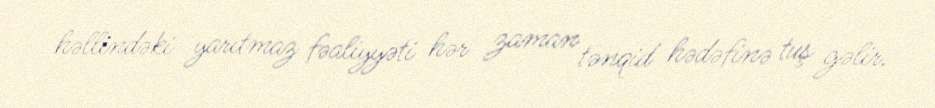
həllindəki yarıtmaz fəaliyyəti hər zaman tənqid hədəfinə tuş gəlir.